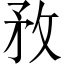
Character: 敄